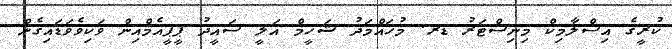
ކުރީގެ އިސްލާމިކް މިނިސްޓަރު ޑރ. މުހައްމަދު ޝަހީމް އަލީ ސައީދު ޕީޕީއެމްއިން ވަކިވެވަޑައިގެން